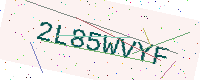
Text: 2L85WVYF